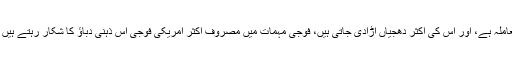
امریکی معاشرہ میں چونکہ ازدواجی وفاداری ایک بہت ہی نازک ترین معاملہ ہے، اور اس کی اکثر دھجیاں اڑادی جاتی ہیں، فوجی مہمات میں مصروف اکثر امریکی فوجی اس ذہنی دباﺅ کا شکار رہتے ہیں کہ نہ جانے ان کی دوست یا بیوی اس وقت کہاں گل چھرے اڑا رہی ہے۔